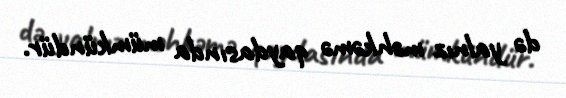
də yalnız məhkəmə qaydasında mümkündür.